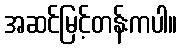
အဆင်မြင့်တန်းကပါ။